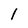
Character: l